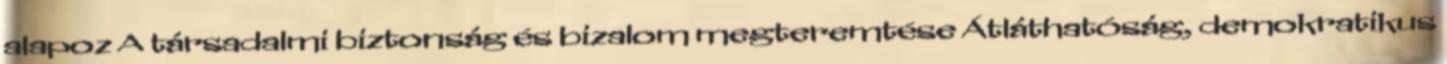
alapoz A társadalmi biztonság és bizalom megteremtése Átláthatóság, demokratikus